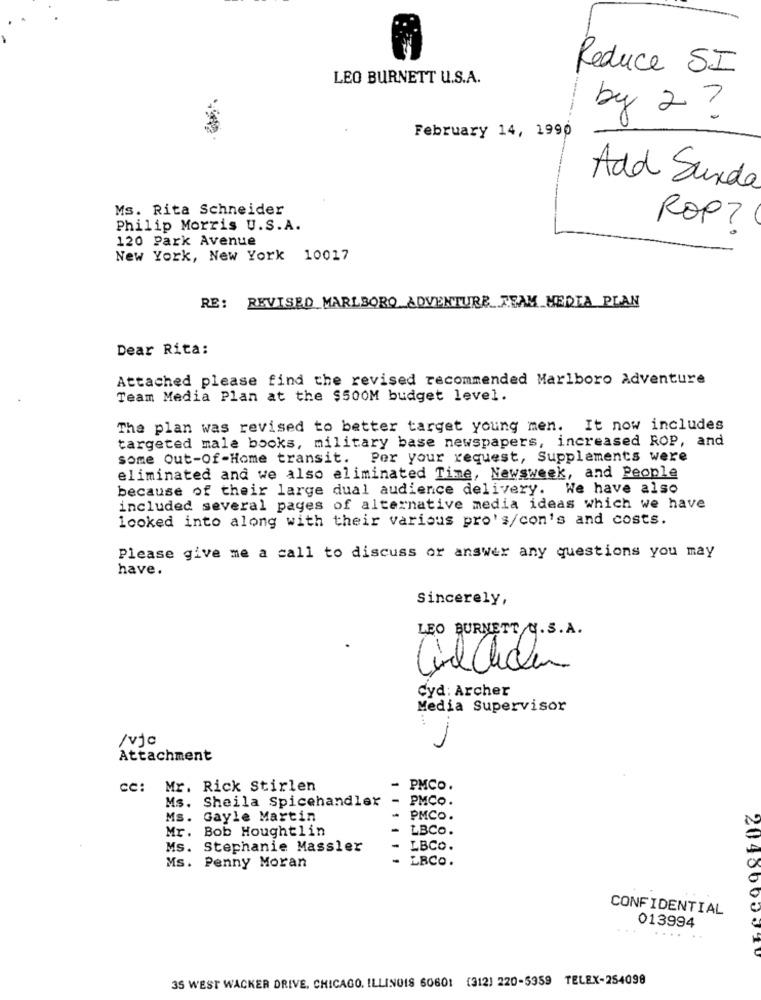
Reduce SI
LEO BURNETT U.S.A.
by 2 ?
February 14, 1990
Add Surde
Ms. Rita Schneider
Philip Morris U.S.A.
ROP?
120 Park Avenue
New York, New York 10017
RE: REVISED MARLBORO ADVENTURE TEAM MEDIA PLAN
Dear Rita:
Attached please find the revised recommended Marlboro Adventure
Team Media Plan at the $500M budget level.
The plan was revised to better target young men. It now includes
targeted male books, military base newspapers, increased ROP, and
some Out-Of-Home transit. Per your request, Supplements were
eliminated and we also eliminated Time, Newsweek, and People
because of their large dual audience delivery. We have also
included several pages of alternative media ideas which we have
looked into along with their various pro's/con's and costs.
Please give me a call to discuss or answer any questions you may
have.
Sincerely,
LEO BURNETT U. S.A.
Cyd : Archer
Media Supervisor
/vjo
Attachment
cc: Mr. Rick Stirlen
PMCO.
Ms. Sheila Spicehandler
PMCO.
Ms. Gayle Martin
PMCO.
Mr. Bob Houghtlin
LBCO.
Ms. Stephanie Massler
LBCO.
LBCO.
Ms. Penny Moran
CONFIDENTIAL
013994
204300001
35 WEST WACKER DRIVE. CHICAGO, ILLINOIS 60601 (312) 220-5359 TELEX-254098